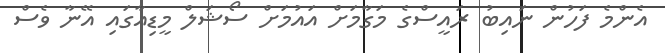
އެންމެ ފަހުން ނައިބު ރައީސްގެ މަގާމަށް އައުމަށް ސޯޝަލް މީޑިއާގައި އޭނާ ވެސް